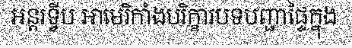
អន្តរទ្វីប អាមេរិកាំងបរិក្ខារបទបញ្ជាផ្ទៃក្នុង